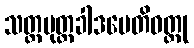
သတ္တပုတ္တခါဒပေတိဝတ္ထု